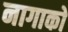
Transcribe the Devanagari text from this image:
नागाको